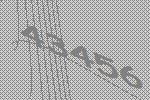
43456